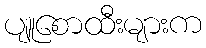
ပျူစောထီးများက